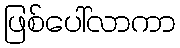
ဖြစ်ပေါ်လာကာ